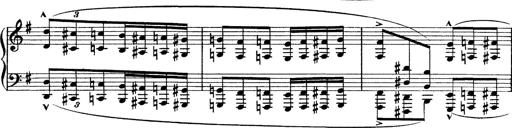
Title: Tarantelle di bravura dâ€™aprÃ¨s la tarantelle de La muette de Portici
Composer: Franz Liszt